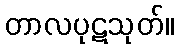
တာလပုဋသုတ်။